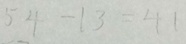
5 4 - 1 3 = 4 1